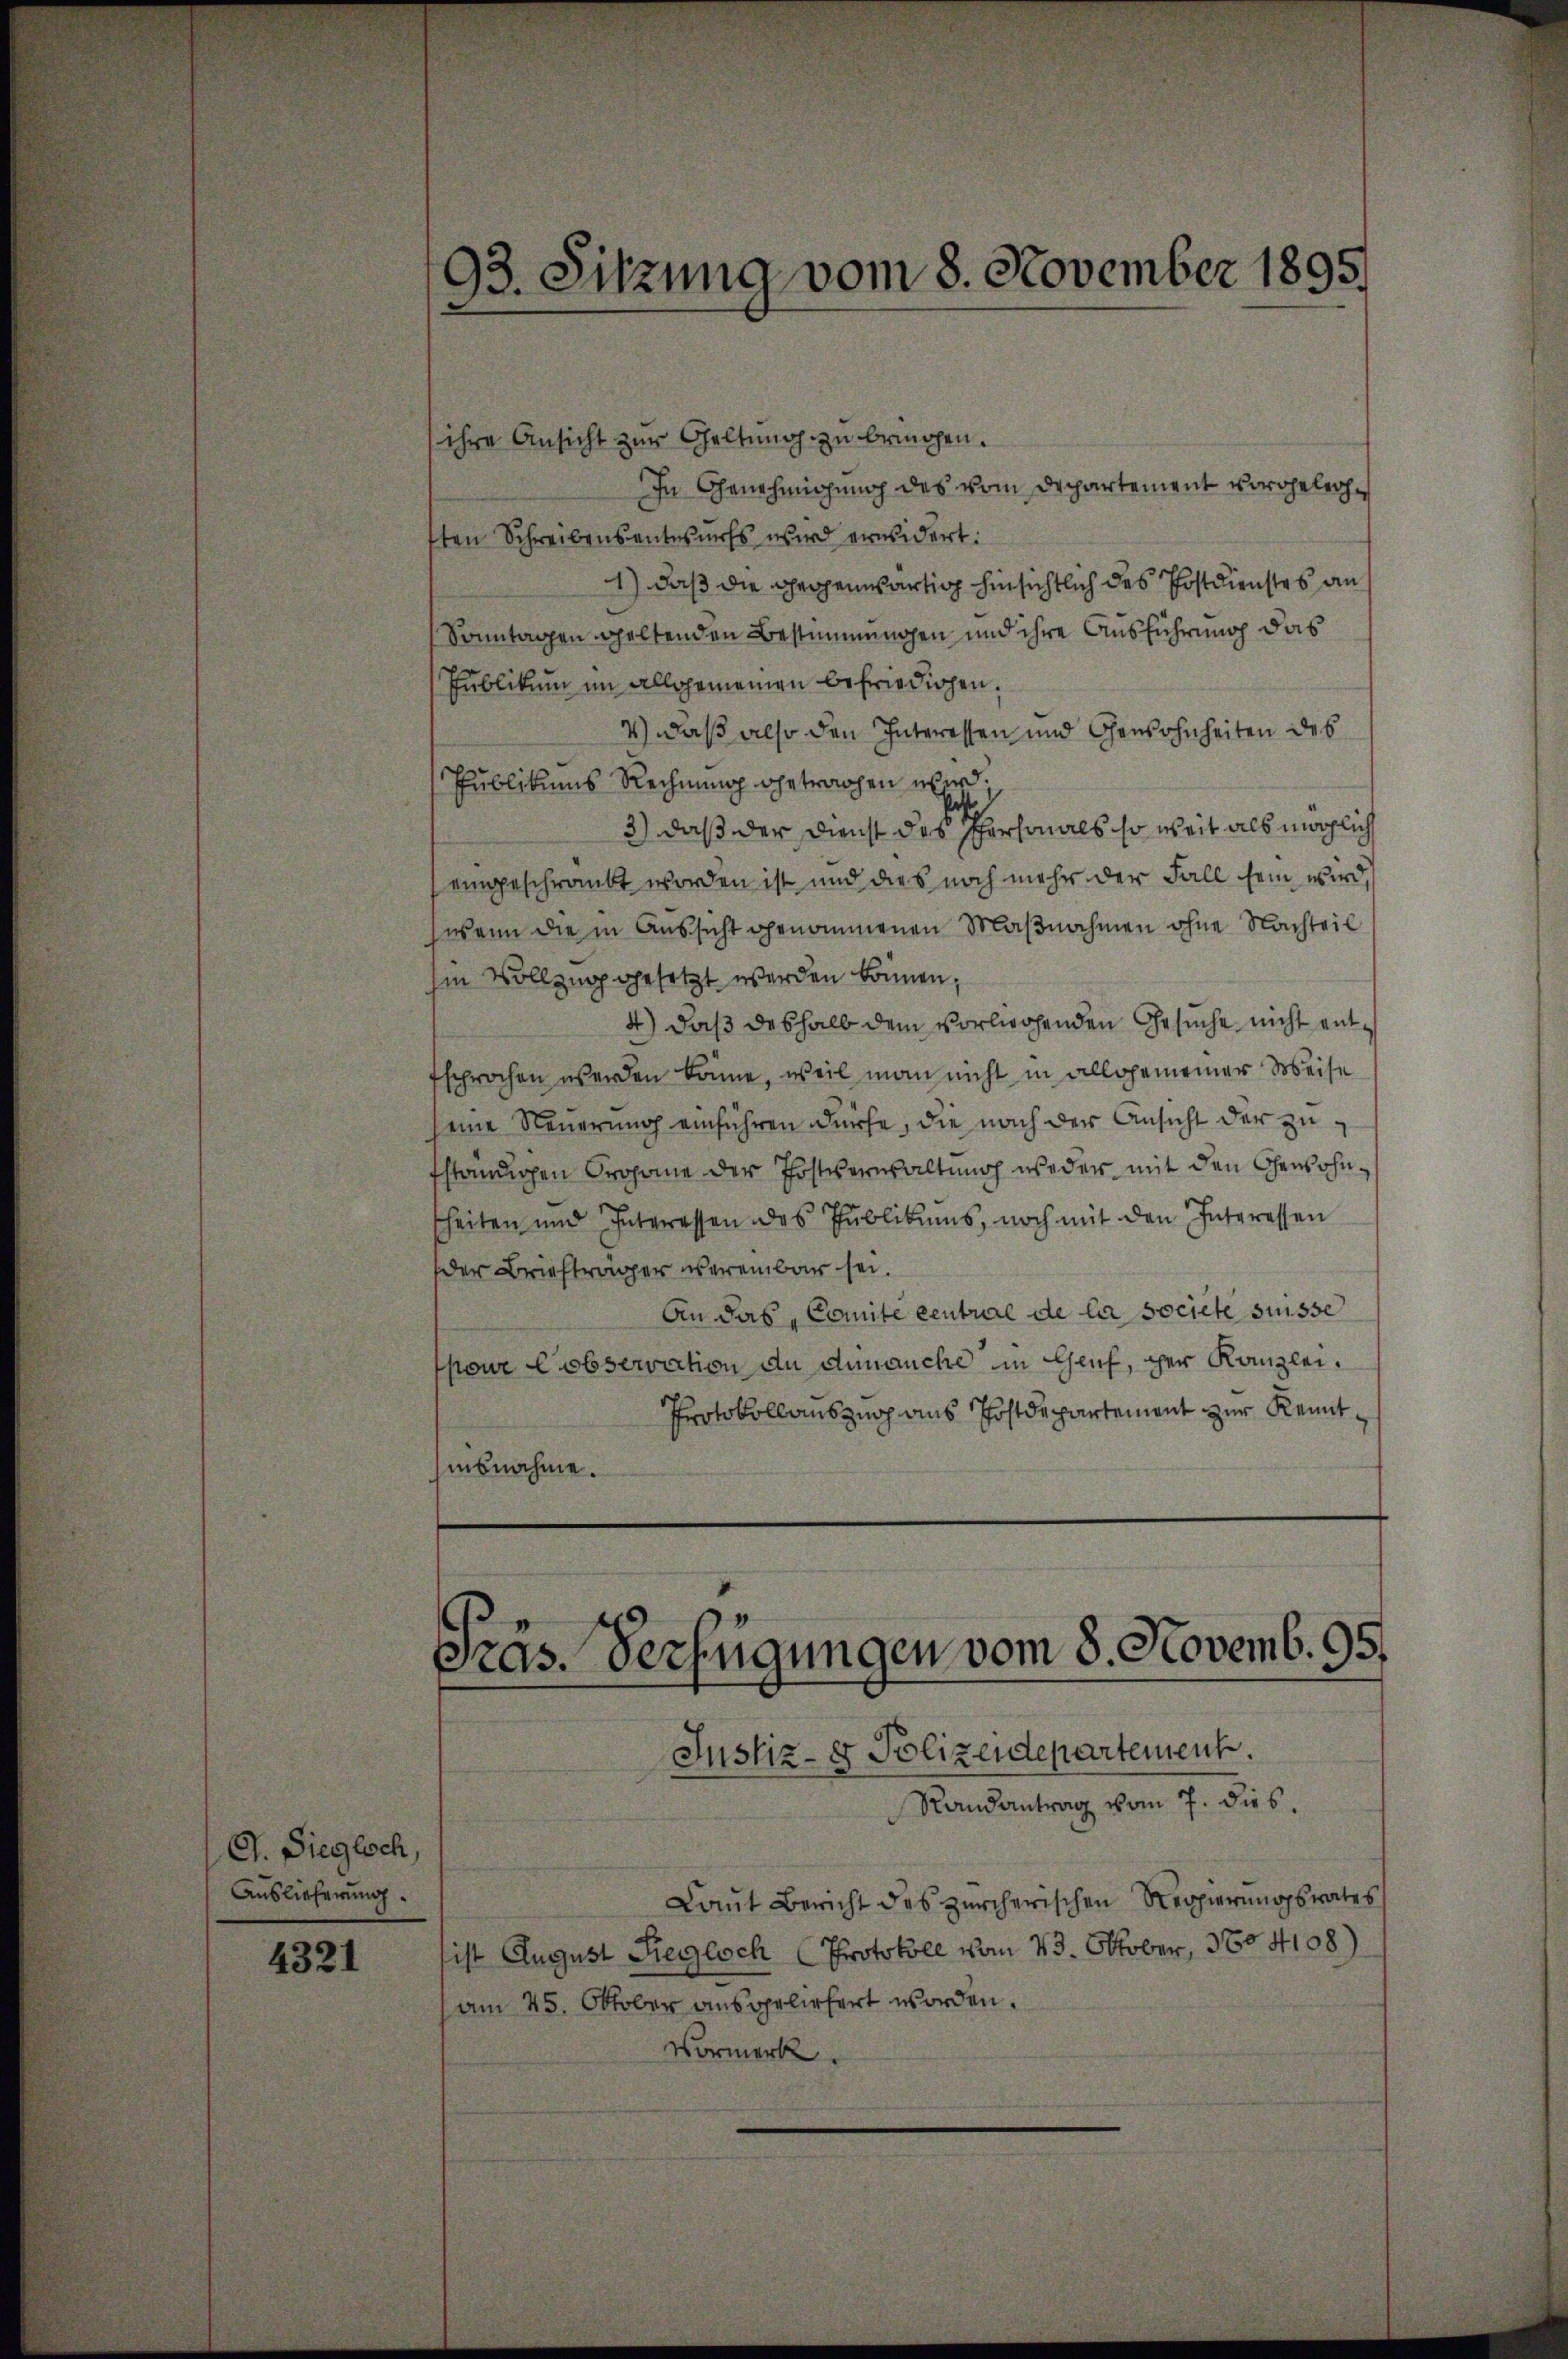
G. Sieglsch,
Auslieferung.

4321

ihre Ansicht zur Geltung zu bewogen.
In Genehmigung des vom Departement vorgelegsten Schreibensentwurfs wird erwidert:
1) daß die gegenwärtig hinsichtlich des Postdienstes an
Sonntagen geltenden Bestimmungen und ihre Ausführung das
Publikum im allgemeinen befriedigen.
4) daß also den Interessen und Gewohnheiten des
Publikums Rechnung getrachen wird.
3) daß der Dienst des schmals so weit als möglich
eingeschränkt worden ist und dies noch mehr der Fall sein wird,
wann die in Aussicht genommenen Maßnahmen ohne Nachteil
Im Vollzug gesetzt werden können;
4) daß deshalb dem vorliegenden Gesuche nicht enttsprochen werden könne, weil man nicht in allgemeiner Weise
eine Neuerung einführen dürfe, die nach der Ansicht der zufständigen Prohane der Postverwaltung weder mit den Gewohnsheiten und Interessen des Publikums, noch mit den Interessen
der Briefträger vereinbar sei.
An das Comite central de la societe suisse
pour Cobservation du chmanche in Genf, der Kanzlei¬
Protokollauszug aus Postdepartement zur Kenntinsnahme.

93. Sitzung vom 8. November 1895.

Präs. Verfügungen vom 8. Novemb. 95.

Justiz- & Polizeidepartement.
Randantrag vom 7. dies.
Laŭt Bericht des zürcherischen Regierŭngsrates
ist August Reglich Protokoll vom 23. Oktober, 1704108)
am 25. Oktober ausgeliefert worden.
Vormerk.